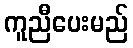
ကူညီပေးမည်